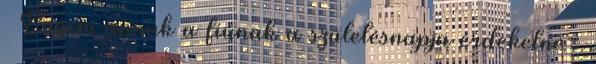
– Engem annak a fiúnak a születésnapja érdekelne –